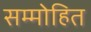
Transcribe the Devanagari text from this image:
सम्‍मोहित